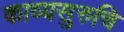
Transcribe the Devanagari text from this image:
काव्यसुरुचि